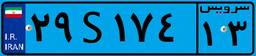
۹۵S۴۳۲۲۶